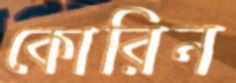
কোরিন